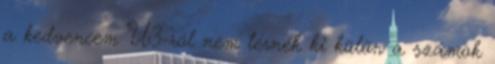
a kedvencem U3-ról nem térnék ki külön a számok